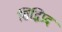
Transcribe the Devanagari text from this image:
सिद्धिप्रदं